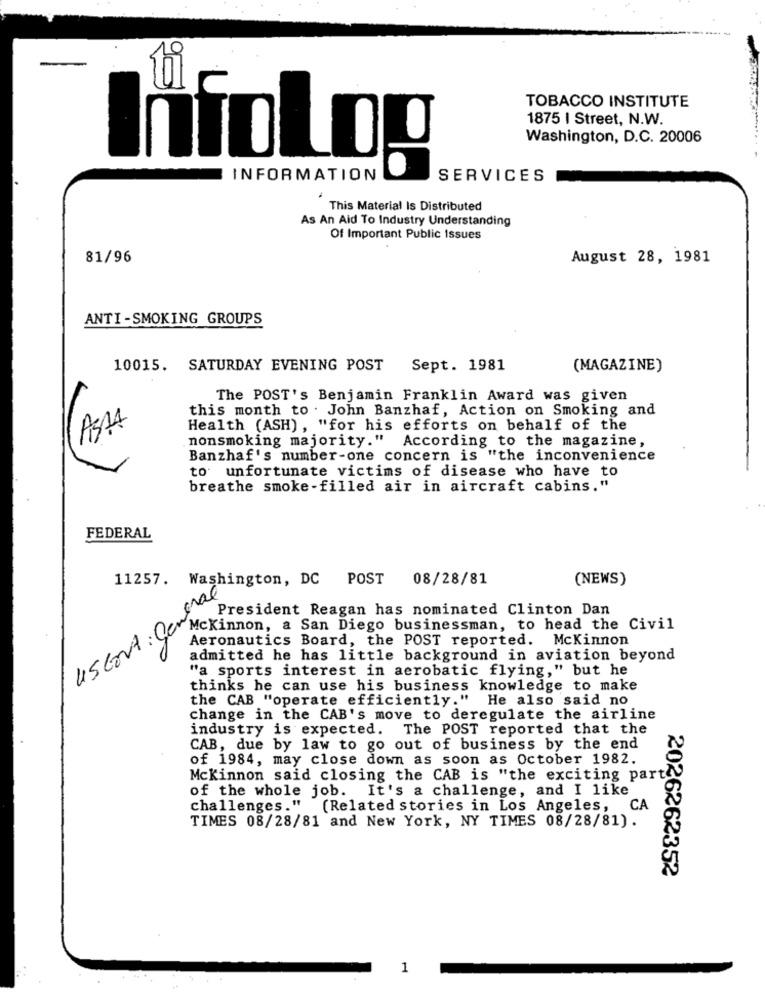
TOBACCO INSTITUTE
1875 I Street, N.W.
Washington, D.C. 20006
InfoLog
INFORMATION
SERVICES
This Material Is Distributed
As An Aid To Industry Understanding
Of Important Public Issues
81/96
August 28, 1981
ANTI-SMOKING GROUPS
10015. SATURDAY EVENING POST Sept. 1981
(MAGAZINE)
The POST's Benjamin Franklin Award was given
this month to . John Banzhaf, Action on Smoking and
ASMA
Health (ASH), "for his efforts on behalf of the
nonsmoking majority." According to the magazine,
Banzhaf's number-one concern is "the inconvenience
to unfortunate victims of disease who have to
breathe smoke-filled air in aircraft cabins."
FEDERAL
11257. Washington, DC POST 08/28/81
(NEWS)
USEout : Central
President Reagan has nominated Clinton Dan
Mckinnon, a San Diego businessman, to head the Civil
Aeronautics Board, the POST reported. Mckinnon
admitted he has little background in aviation beyond
"a sports interest in acrobatic flying," but he
thinks he can use his business knowledge to make
the CAB "operate efficiently." He also said no
change in the CAB's move to deregulate the airline
industry is expected. The POST reported that the
CAB, due by law to go out of business by the end
of 1984, may close down as soon as October 1982.
Mckinnon said closing the CAB is "the exciting parte
of the whole job. It's a challenge, and I like
challenges." (Related stories in Los Angeles, CA
TIMES 08/28/81 and New York, NY TIMES 08/28/81).
2026262352
1